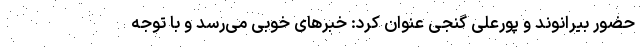
حضور بیرانوند و پورعلی گنجی عنوان کرد: خبرهای خوبی می‌رسد و با توجه